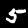
Digit: 5